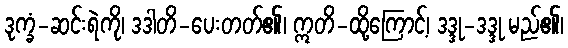
ဒုက္ခံ-ဆင်းရဲကို၊ ဒဒါတိ-ပေးတတ်၏၊ ဣတိ-ထို့ကြောင့်၊ ဒဒ္ဒု-ဒဒ္ဒု မည်၏၊